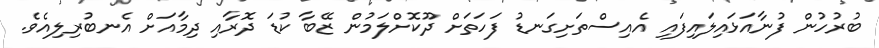
ބުރުހުން ފުނާއަޅައިލައިފައި އެއިސްތަށިގަނޑު ފަހަތަށް ދޫކޮށްލަމުން ޒޭބާ ކުޑަ ދޮރާއި ދިމާއަށް އެނބުރިލިއެވެ.